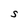
Character: S